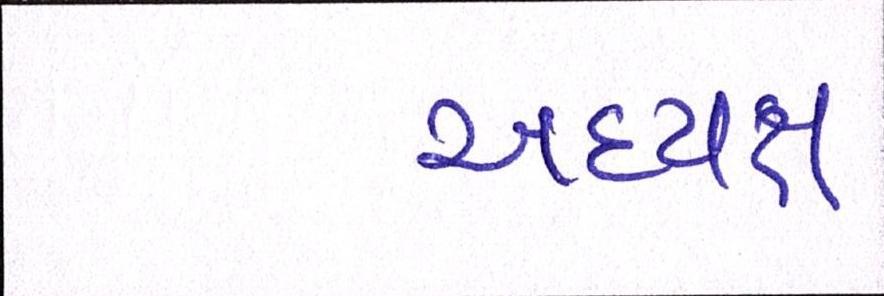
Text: અધ્યક્ષ